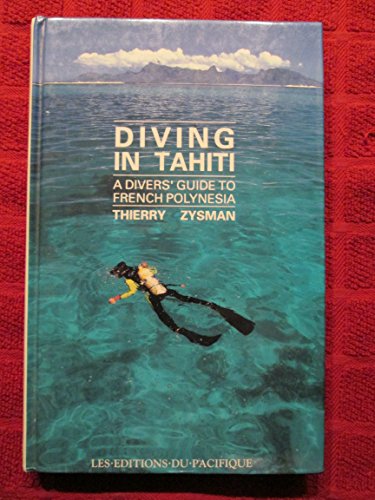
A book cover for Diving in Tahiti; Thierry Zysmam; Travel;